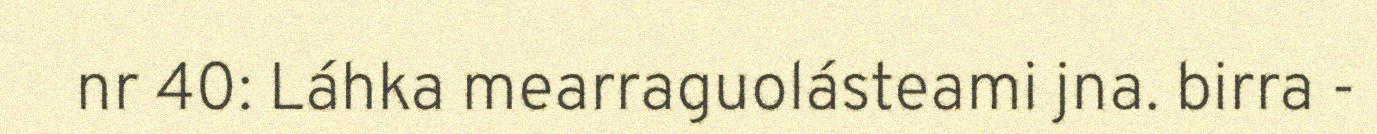
nr 40: Láhka mearraguolásteami jna. birra -